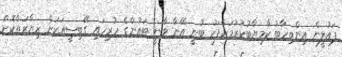
ޕައުލީން އިންތިހާބު ކާމިޔާބުކުރުމަށްފަހު ބުނީ އޭނާ ވާނީ ޓައުންގެ ހުރިހައި ގޭބިސީއަކަށް ޒިޔާރަތްކޮށް